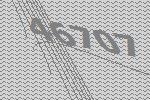
46707